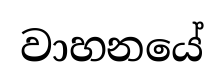
වාහනයේ